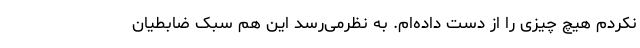
نکردم هیچ چیزی را از دست داده‌ام. به نظرمی‌رسد این هم سبک ضابطیان